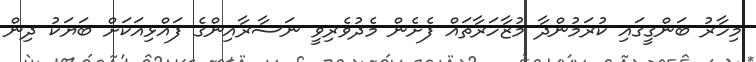
މިހާރު ބަންގީގައި ކުރަމުންދާ މުޒާހަރާތައް ފެށެން މެދުވެރިވީ ނަސާރާއިންގެ ފައްޅިއަކަށް ބަޔަކު ދިން